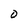
Character: O